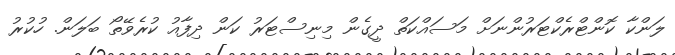
ލަންކާ ކޮންޓްރެކްޓަރުންނަށް މަސައްކަތް ދީގެން މިނިސްޓަރު ކަން ދިފާއު ކުރެވޭތޯ ބަލަން. ހުކުރު